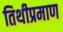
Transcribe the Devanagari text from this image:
तिथीप्रमाण